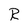
Character: R